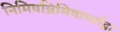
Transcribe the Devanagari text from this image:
निमिषन्निमिषार्ध्वाद्वा